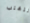
للتغلب